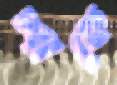
শাকে